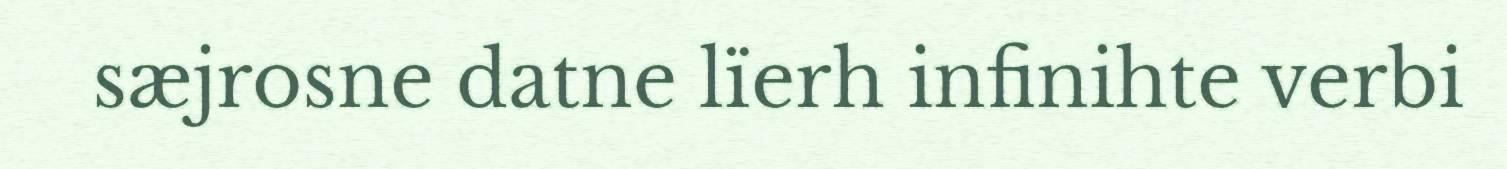
sæjrosne datne lïerh infinihte verbi